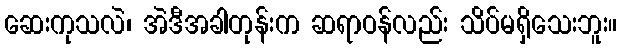
ဆေးကုသလဲ၊ အဲဒီအခါတုန်းက ဆရာဝန်လည်း သိပ်မရှိသေးဘူး။